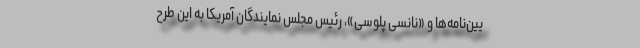
یین‌نامه‌ها و «نانسی پلوسی»، رئیس‌ مجلس نمایندگان آمریکا به این طرح